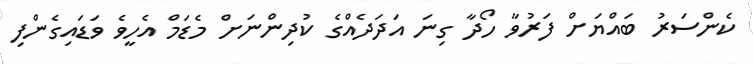
ކެންސަރު ބައްޔަށް ފަރުވާ ހޯދާ ގިނަ އަދަދެއްގެ ކުދިންނަށް މެޑަމް އެހީވެ ވަޑައިގެންފި